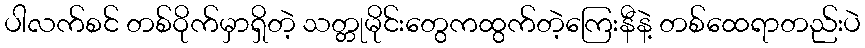
ပါလက်စင် တစ်ဝိုက်မှာရှိတဲ့ သတ္တုမိုင်းတွေကထွက်တဲ့ကြေးနီနဲ့ တစ်ထေရာတည်းပဲ